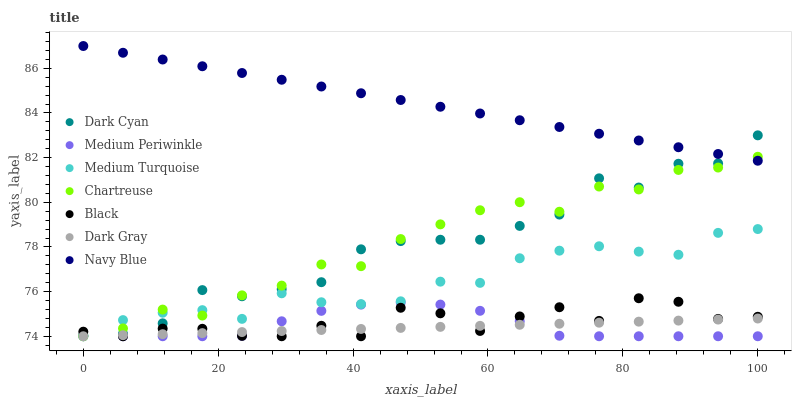
| xaxis_label | Dark Cyan | Medium Periwinkle | Medium Turquoise | Chartreuse | Black | Dark Gray | Navy Blue |
 | --- | --- | --- | --- | --- | --- | --- | --- |
 | 0 | 74 | 74 | 74 | 74 | 74.2 | 74 | 87 |
 | 5.88 | 74.1 | 74 | 74.7 | 74.4 | 74 | 74 | 86.7 |
 | 11.8 | 74.6 | 74 | 75.1 | 75.2 | 74.3 | 74.1 | 86.4 |
 | 17.6 | 76.1 | 74 | 75.2 | 74.9 | 74.3 | 74.1 | 86.1 |
 | 23.5 | 75.8 | 74 | 74.8 | 75.8 | 74 | 74.2 | 85.8 |
 | 29.4 | 76.1 | 74.7 | 75.9 | 76.3 | 74 | 74.2 | 85.5 |
 | 35.3 | 76.4 | 75.1 | 75.5 | 77.2 | 74.5 | 74.3 | 85.2 |
 | 41.2 | 77.9 | 75.4 | 75.4 | 77.1 | 74 | 74.3 | 84.9 |
 | 47.1 | 78.3 | 75.5 | 75.6 | 78.4 | 75.3 | 74.4 | 84.6 |
 | 52.9 | 78.3 | 75.4 | 76.4 | 79 | 75 | 74.4 | 84.3 |
 | 58.8 | 78.3 | 75.1 | 76.4 | 79.6 | 74.2 | 74.5 | 84 |
 | 64.7 | 78.9 | 74.7 | 77.5 | 80 | 74.9 | 74.5 | 83.7 |
 | 70.6 | 79.5 | 74 | 77.8 | 79.6 | 75.3 | 74.6 | 83.4 |
 | 76.5 | 81.1 | 74 | 78 | 80.7 | 74.7 | 74.6 | 83.1 |
 | 82.4 | 80.7 | 74 | 77.8 | 80.6 | 75.7 | 74.7 | 82.8 |
 | 88.2 | 81.7 | 74 | 77.7 | 81.4 | 75.5 | 74.7 | 82.5 |
 | 94.1 | 81.7 | 74 | 78.6 | 81.6 | 74.8 | 74.7 | 82.2 |
 | 100 | 83 | 74 | 78.8 | 82 | 74.9 | 74.8 | 81.9 |